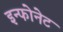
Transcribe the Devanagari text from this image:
इन्फोनेट